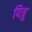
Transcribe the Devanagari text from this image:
पित्रु